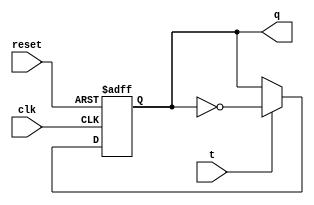
module T_FF (q, t, clk, reset);
    output q;//It both works as output and reg
    input t, clk, reset;
    reg q;
    always @ (posedge reset or negedge clk)//The reset must be 1 or clock 0
    if (reset)
        #1 q <= 1'b0;//The q is set to 0 by default
    else if (t == 1)//If the timer is 1, the q assigns its opposite value in 20ps
        #2 q <= ~q;
endmodule

//A 4-bit ripple counter that consists of 4 T_ff units
module fourbitripplecounter(q, d, clk, reset);
    output [3:0] q;
    input clk, reset, d;
    T_FF tff0(q[0], d, clk, reset);
    T_FF tff1(q[1], d, q[0], reset);
    T_FF tff2(q[2], d, q[1], reset);
    T_FF tff3(q[3], d, q[2], reset);
endmodule

//The model of 4bit sychronized counter
module sychronizedcounter(q, clk, reset);
    output wire[3:0]q;
    input clk, reset;
    assign t1 = q[0];
    and and1(t2, t1, q[1]);
    and and2(t3, t2, q[2]);
    T_FF tff0(q[0], 1'b1, clk, reset);
    T_FF tff1(q[1], t1, clk, reset);
    T_FF tff2(q[2], t2, clk, reset);
    T_FF tff3(q[3], t3, clk, reset);
endmodule